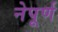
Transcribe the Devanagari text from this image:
नेपूर्ण